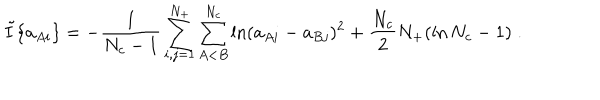
\tilde { I } \{ a _ { A i } \} = - \frac { 1 } { N _ { c } - 1 } \sum _ { i , j = 1 } ^ { N _ { + } } \sum _ { A < B } ^ { N _ { c } } \ln ( a _ { A i } - a _ { B j } ) ^ { 2 } + \frac { N _ { c } } { 2 } N _ { + } ( \ln N _ { c } - 1 ) \; .